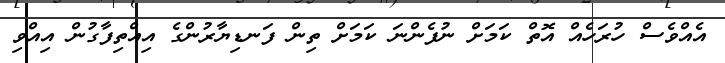
އެއްވެސް ހުރަހެއް އޮތް ކަމަށް ނުފެންނަ ކަމަށް ތިން ފަނޑިޔާރުންގެ އިއްތިފާގުން އިއްވި